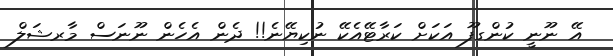
އޭ ނޫނީ ކުންގފޫ އަކަށް ކަރާޓޭއެކޭ ނުކިޔޭނެ!! ދެން އެހެން ނޫނަސް މާރޝަލް